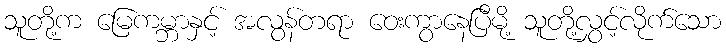
သူတို့က မြေကမ္ဘာနှင့် အလွန်တရာ ဝေးကွာနေပြီမို့ သူတို့လွှင့်လိုက်သော